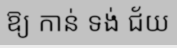
ឱ្យ កាន់ ទង់ ជ័យ